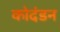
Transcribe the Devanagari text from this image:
कोदंडन